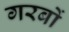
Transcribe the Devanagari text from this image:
गरबों